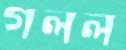
গলল